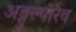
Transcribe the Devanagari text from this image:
अङ्गुल्योरेव